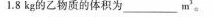
1.8kg的乙物质的体积为____m^3。